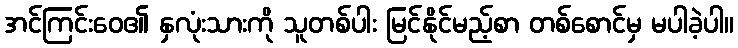
အင်ကြင်းဝေ၏ နှလုံးသားကို သူတစ်ပါး မြင်နိုင်မည့်စာ တစ်စောင်မှ မပါခဲ့ပါ။